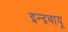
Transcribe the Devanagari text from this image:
इन्द्रवायू